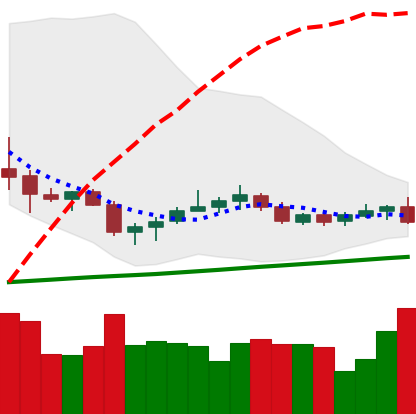
Ticker: NEO-USD
Chart end date: 2020-10-20
Forward return: 5.262%
Label: up_5_7